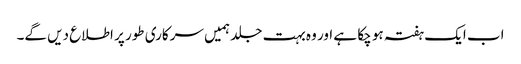
اب ایک ہفتہ ہو چکا ہے اور وہ بہت جلد ہمیں سرکاری طور پر اطلاع دیں گے۔